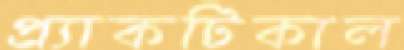
প্র্যাকটিকাল